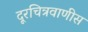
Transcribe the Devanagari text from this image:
दूरचित्रवाणीस